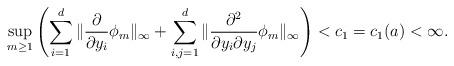
LaTeX: \begin{align*}\sup_{m\ge1}\left (\sum^d_{i=1}\|\frac{\partial}{\partial y_i}\phi_m\|_\infty+ \sum^d_{i, j=1}\|\frac{\partial^2}{\partial y_i\partial y_j}\phi_m\|_\infty \right) < c_1=c_1(a)< \infty.\end{align*}